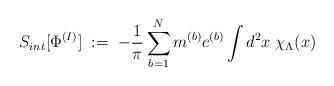
\begin{align*}S_{int} [ \Phi^{(I)} ] \; := \; - \frac{1}{\pi} \sum_{b=1}^N m^{(b)} c^{(b)} \int d^2 x \; \chi_\Lambda(x)\end{align*}